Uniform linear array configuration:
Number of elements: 16
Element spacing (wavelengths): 0.25
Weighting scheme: blackman
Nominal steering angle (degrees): -45
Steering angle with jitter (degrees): -44.27
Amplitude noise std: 0.05
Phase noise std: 0.05

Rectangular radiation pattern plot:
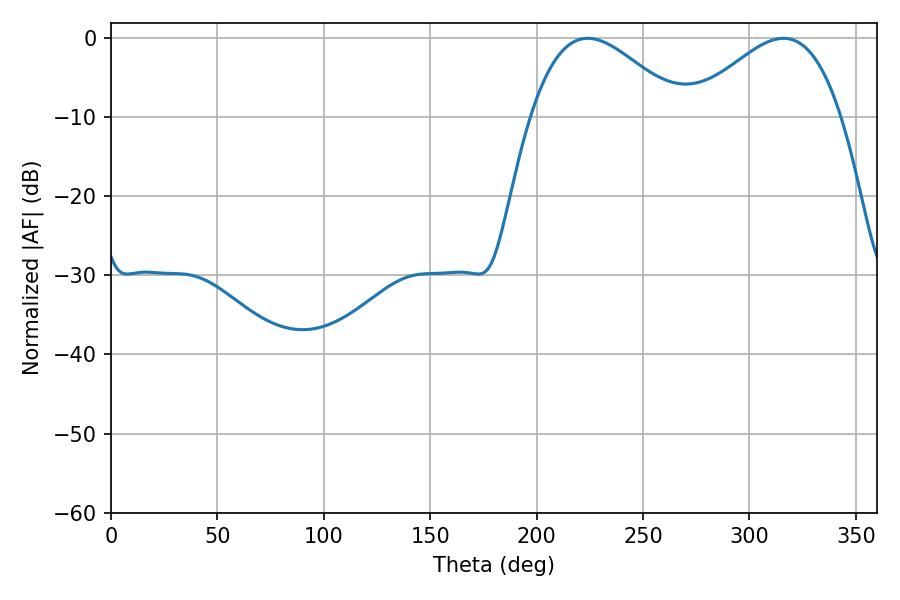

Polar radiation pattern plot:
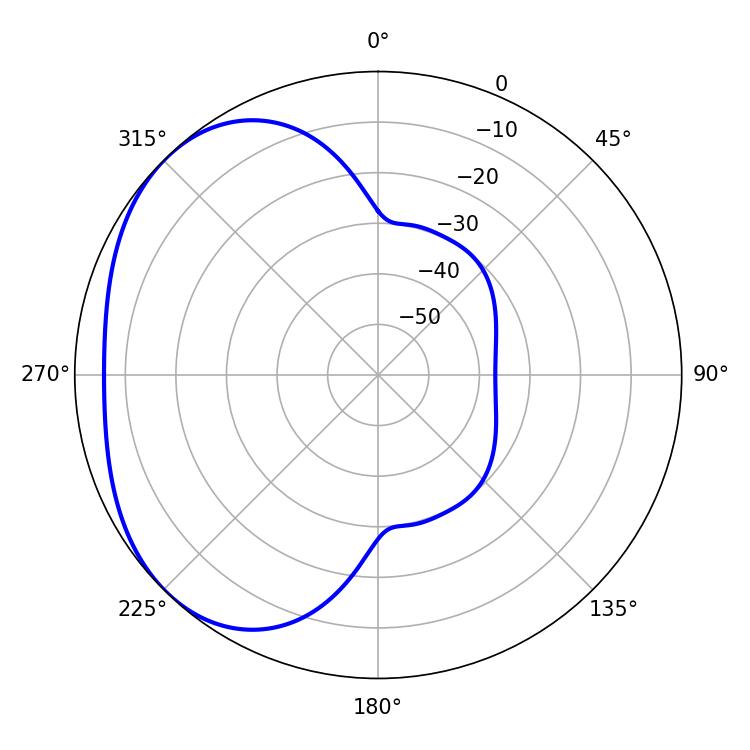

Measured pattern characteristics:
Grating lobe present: FALSE
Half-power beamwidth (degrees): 38.16
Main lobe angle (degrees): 223.92